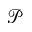
\mathcal { P }